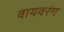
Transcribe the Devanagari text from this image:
वायवरंग